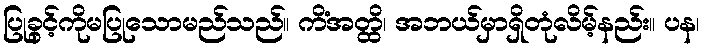
ပြုခွင့်ကိုမပြုသောမည်သည်။ ကိံအတ္ထိ၊ အဘယ်မှာရှိတုံလိမ့်နည်း။ ပန၊